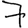
Digit: 7